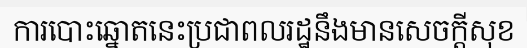
ការបោះឆ្នោតនេះប្រជាពលរដ្ឋនឹងមានសេចក្តីសុខ